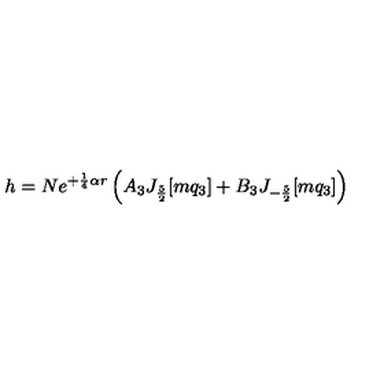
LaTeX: h = N e ^ { + \frac { 1 } { 4 } \alpha r } \left( A _ { 3 } J _ { \frac { 5 } { 2 } } [ m q _ { 3 } ] + B _ { 3 } J _ { - \frac { 5 } { 2 } } [ m q _ { 3 } ] \right)